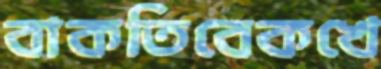
বাকতিবেকখে